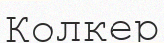
Колкер